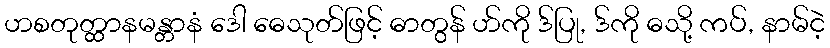
ဟစတုတ္ထာနမန္တာနံ ဒေါ ဓေသုတ်ဖြင့် ဓာတွန် ဟ်ကို ဒ်ပြု, ဒ်ကို ဓသို့ ကပ်, နာမ်ငဲ့